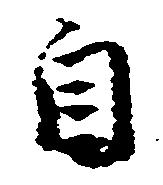
自